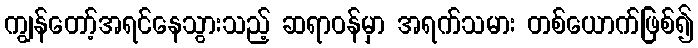
ကျွန်တော့်အရင်နေသွားသည့် ဆရာဝန်မှာ အရက်သမား တစ်ယောက်ဖြစ်၍